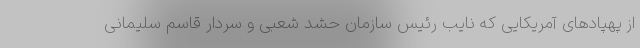
از پهپادهای آمریکایی که نایب رئیس سازمان حشد شعبی و سردار قاسم سلیمانی